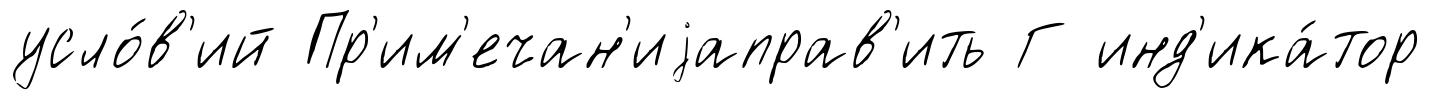
усло́в'ий Пр'им'ечан'иjаправ'ить Г инд'ика́тор